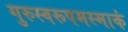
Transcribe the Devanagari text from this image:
गुरुस्वरूपमस्माकं